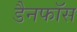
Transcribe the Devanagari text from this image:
डैनफॉस